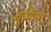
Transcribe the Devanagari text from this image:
दुनिया